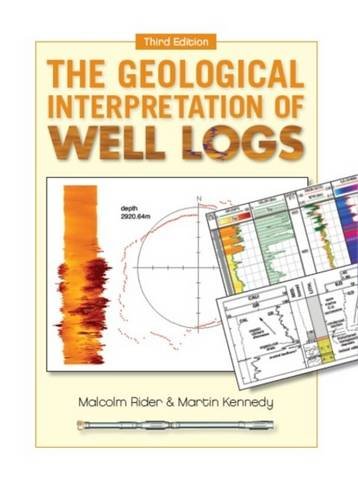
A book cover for The Geological Interpretation of Well Logs; M.H. Rider; Science & Math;